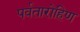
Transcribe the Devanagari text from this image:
पर्वतारोहिण